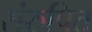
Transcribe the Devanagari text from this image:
संरुपित